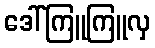
ဒေါ်ကြူကြူလှ